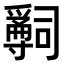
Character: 𤔺